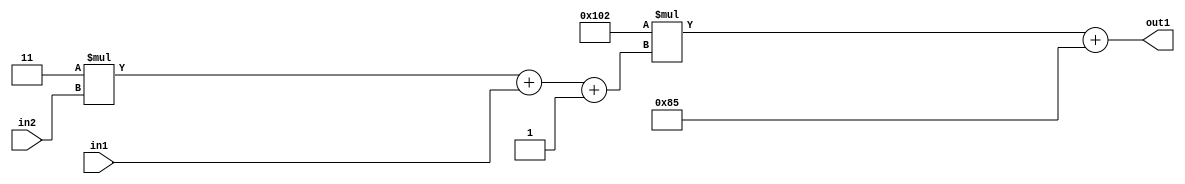
`timescale 1ps / 1ps
/*****************************************************************************
    Verilog RTL Description
    
    
    Created by: Stratus DpOpt 2019.1.01 
*******************************************************************************/

module DC_Filter_Add2i133Mul2i258Add3i1u1Mul2i3u2_1 (
	in2,
	in1,
	out1
	); /* architecture "behavioural" */ 
input [1:0] in2;
input  in1;
output [11:0] out1;
wire [11:0] asc001;
wire [3:0] asc002;

wire [3:0] asc002_tmp_0;
wire [3:0] asc002_tmp_1;
assign asc002_tmp_1 = 
	+(4'B0011 * in2);
assign asc002_tmp_0 = asc002_tmp_1
	+(in1);
assign asc002 = asc002_tmp_0
	+(4'B0001);

wire [11:0] asc001_tmp_2;
assign asc001_tmp_2 = 
	+(12'B000100000010 * asc002);
assign asc001 = asc001_tmp_2
	+(12'B000010000101);

assign out1 = asc001;
endmodule

/* CADENCE  vrTxQgg= : u9/ySgnWtBlWxVPRXgAZ4Og= ** DO NOT EDIT THIS LINE ******/